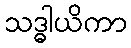
သဒ္ဓါယိကာ